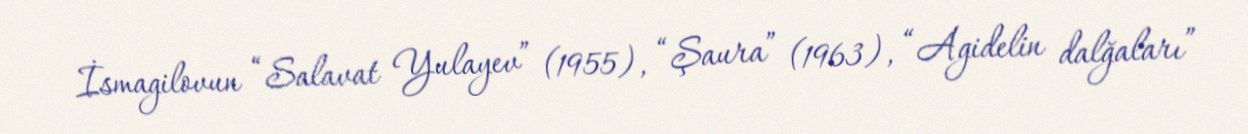
İsmagilovun “Salavat Yulayev” (1955), “Şaura” (1963), “Agidelin dalğaları”